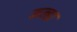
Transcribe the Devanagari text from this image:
मन्हा